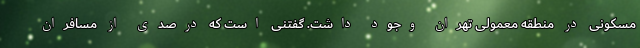
مسکونی در منطقه معمولی تهران وجود داشت. گفتنی است که درصدی از مسافران